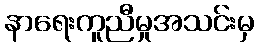
နာရေးကူညီမှုအသင်းမှ